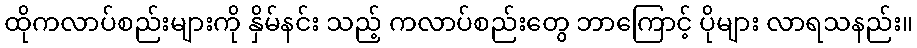
ထိုကလာပ်စည်းများကို နှိမ်နင်း သည့် ကလာပ်စည်းတွေ ဘာကြောင့် ပိုများ လာရသနည်း။